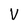
Character: V